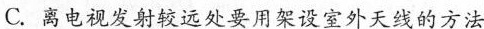
C.离电视发射较远处要用架设室外天线的方法